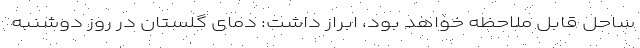
ساحل قابل ملاحظه خواهد بود، ابراز داشت: دمای گلستان در روز دوشنبه